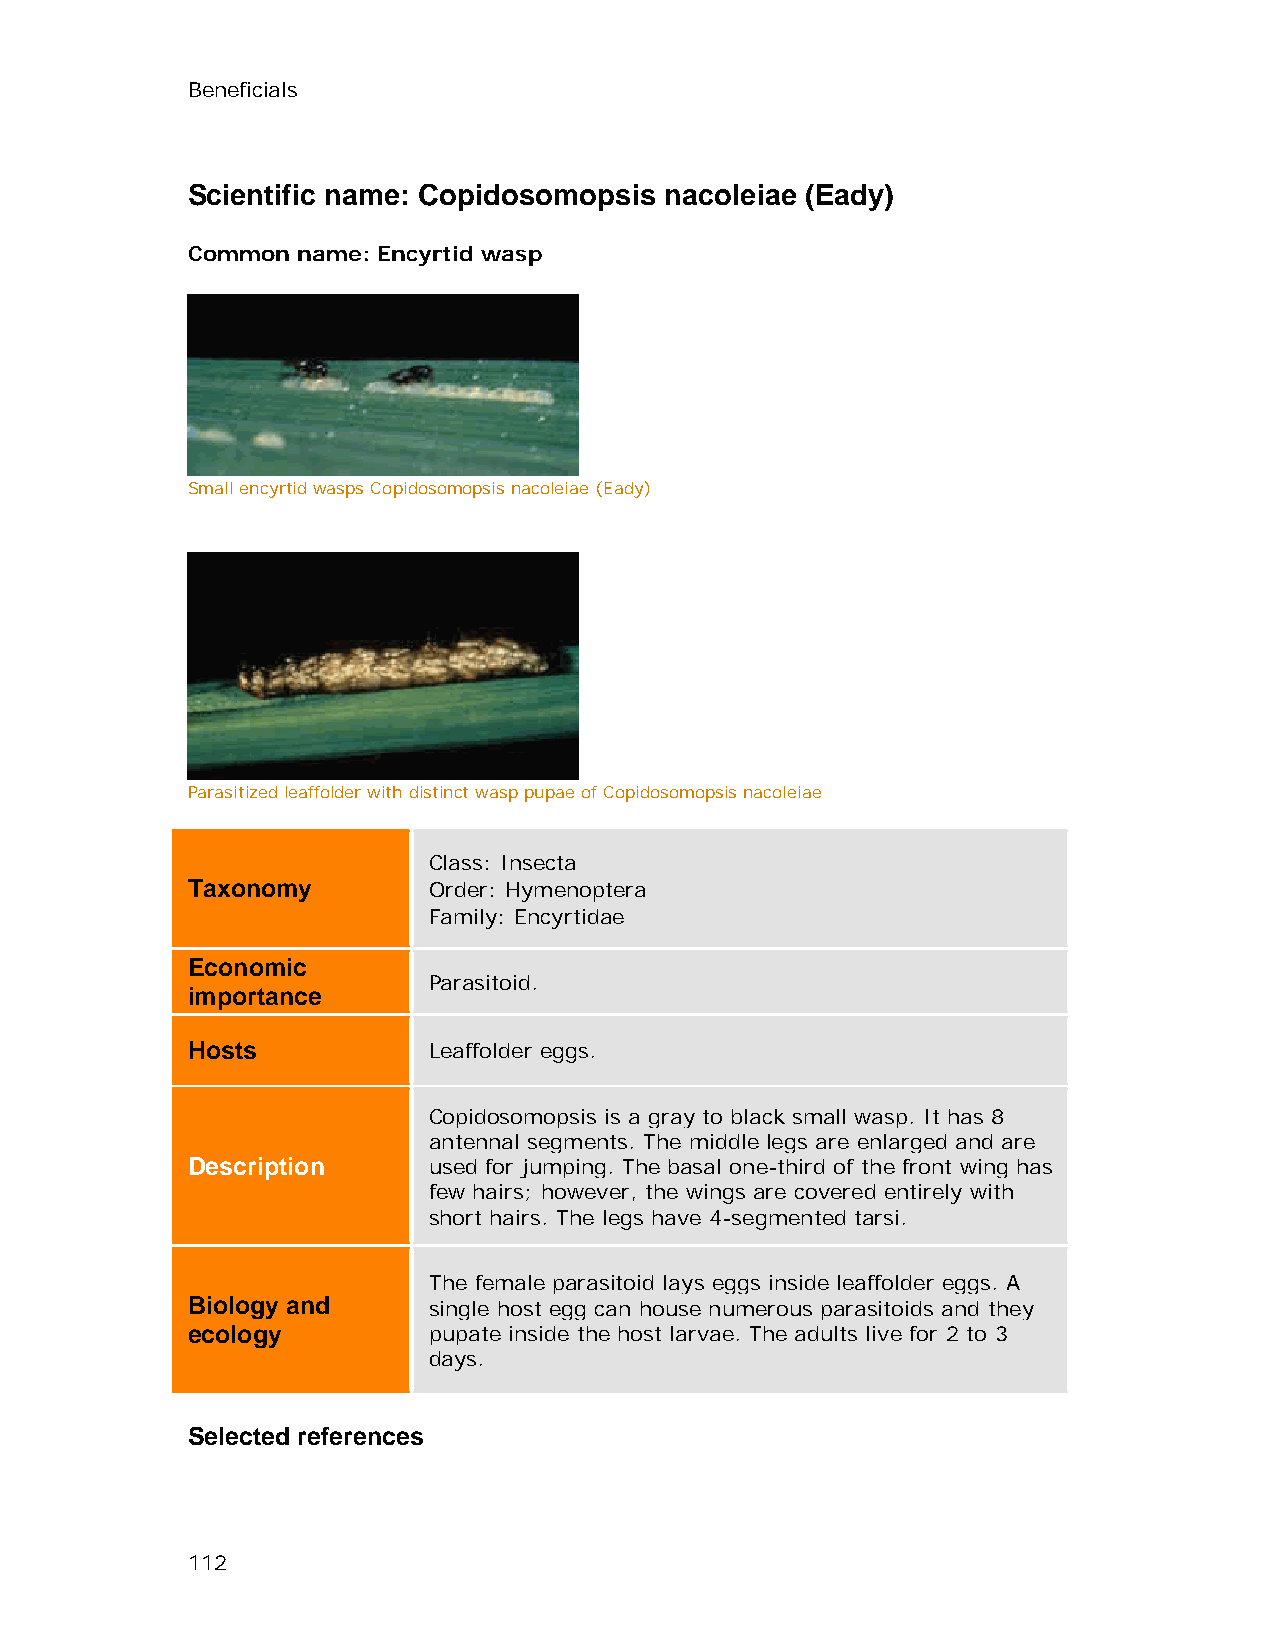
Beneficials
 Scientific name: Copidosomopsis nacoleiae (Eady)
 Common  name: Encyrtid wasp
 Small encyrtid wasps Copidosomopsis nacoleiae (Eady)
 Parasitized leaffolder with distinct wasp pupae of Copidosomopsis nacoleiae
 Class: Insecta
 Taxonomy        Order: Hymenoptera
 Family: Encyrtidae
 Economic
 Parasitoid.
 importance
 Hosts           Leaffolder eggs.
 Copidosomopsis is a gray to black small wasp. It has 8
 antennal segments. The middle legs are enlarged and are
 Description     used for jumping. The basal one-third of the front wing has
 few hairs; however, the wings are covered entirely with
 short hairs. The legs have 4-segmented tarsi.
 The female parasitoid lays eggs inside leaffolder eggs. A
 Biology and     single host egg can house numerous parasitoids and they
 ecology         pupate inside the host larvae. The adults live for 2 to 3
 days.
 Selected references
 112